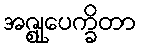
အဇ္ဈုပေက္ခိတာ